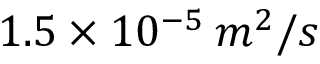
1 . 5 \times 1 0 ^ { - 5 } \: m ^ { 2 } / s